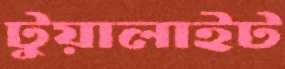
টুয়ালাইট